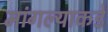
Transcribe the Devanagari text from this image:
मांगल्याकडे